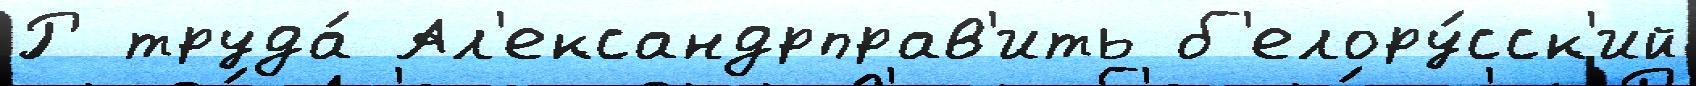
Р труда́ Ал'ександрправ'ить б'елору́сск'ий